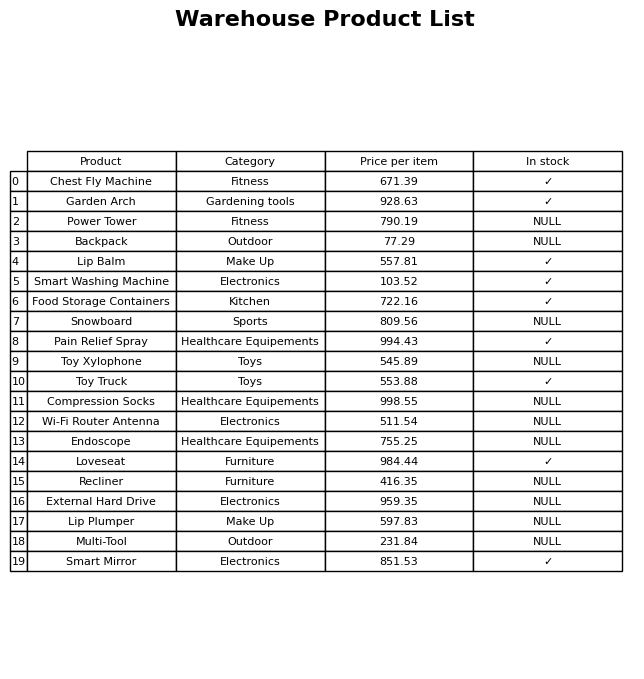
question: What is the price of the External Hard Drive?
answer: The price of External Hard Drive is 959.35.